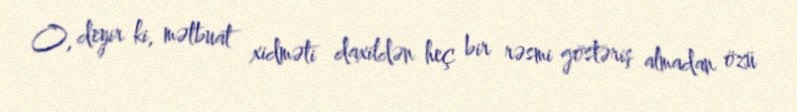
O, deyir ki, mətbuat xidməti daxildən heç bir rəsmi göstəriş almadan özü